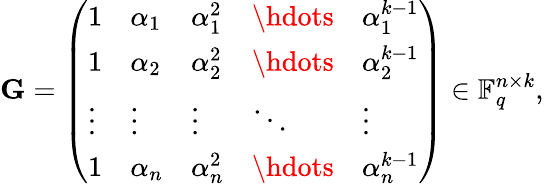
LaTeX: \mathbf{G}=\left(\begin{array}{lllll}{1}&{\alpha_{1}}&{\alpha_{1}^{2}}&{\hdots}&{\alpha_{1}^{k-1}}\\ {1}&{\alpha_{2}}&{\alpha_{2}^{2}}&{\hdots}&{\alpha_{2}^{k-1}}\\ {\vdots}&{\vdots}&{\vdots}&{\ddots}&{\vdots}\\ {1}&{\alpha_{n}}&{\alpha_{n}^{2}}&{\hdots}&{\alpha_{n}^{k-1}}\end{array}\right)\in\mathbb{F}_{q}^{n\times k},